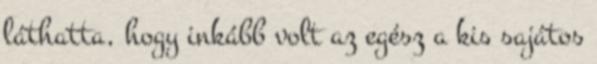
láthatta, hogy inkább volt az egész a kis sajátos